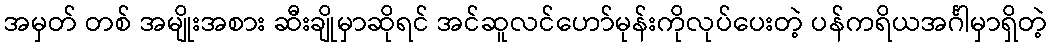
အမှတ် တစ် အမျိုးအစား ဆီးချိုမှာဆိုရင် အင်ဆူလင်ဟော်မုန်းကိုလုပ်ပေးတဲ့ ပန်ကရိယအင်္ဂါမှာရှိတဲ့